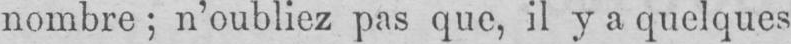
nombre; n’oubliez pas que, il y a quelques